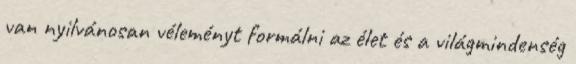
van nyilvánosan véleményt formálni az élet és a világmindenség